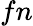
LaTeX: fn